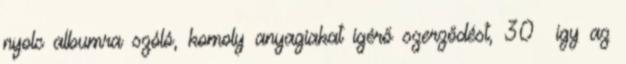
nyolc albumra szóló, komoly anyagiakat ígérő szerződést, 30 így az